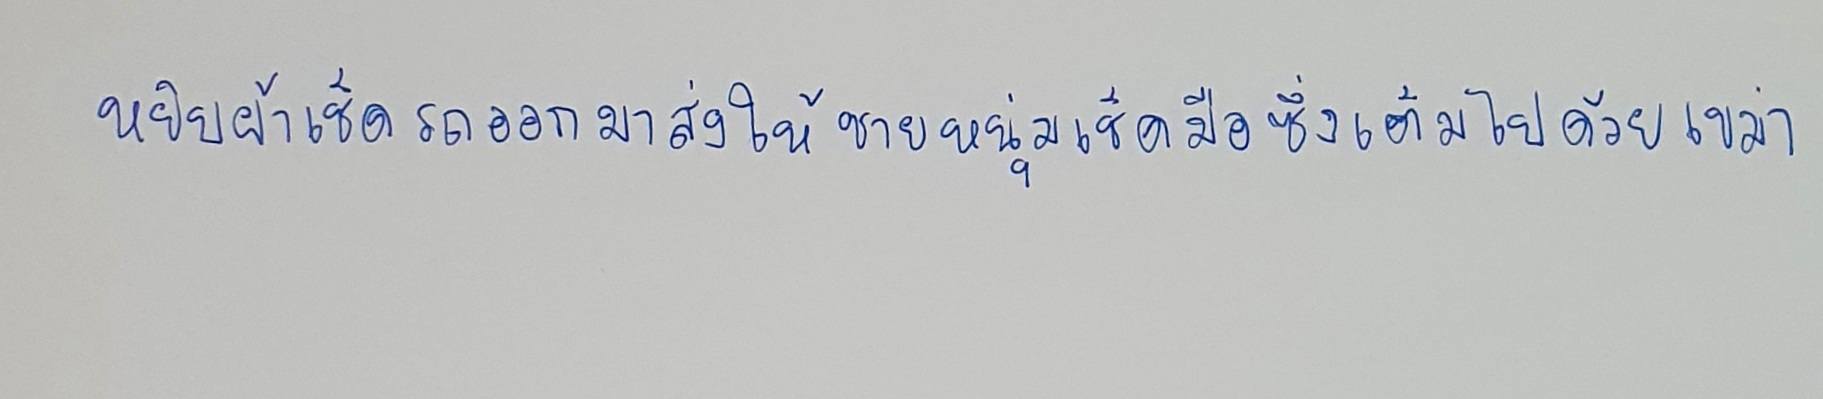
หยิบผ้าเช็ดรถออกมาส่งให้ชายหนุ่มเช็ดมือซึ่งเต็มไปด้วยเขม่า